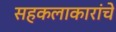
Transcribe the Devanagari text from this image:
सहकलाकारांचे